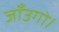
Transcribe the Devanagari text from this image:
जाँउगो।